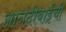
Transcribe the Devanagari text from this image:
आनंदीबाईची